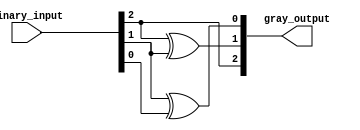
module gray_code_encoder #(parameter n = 3) (
    input  wire [n-1:0] binary_input,
    output wire [n-1:0] gray_output
);

// Combinational logic for binary to Gray code conversion
assign gray_output[n-1] = binary_input[n-1]; // G[n-1] = B[n-1]
genvar i;
generate
    for (i = n-2; i >= 0; i = i - 1) begin : gray_code_logic
        assign gray_output[i] = binary_input[i+1] ^ binary_input[i]; // G[i] = B[i+1] XOR B[i]
    end
endgenerate

endmodule